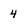
Character: 4